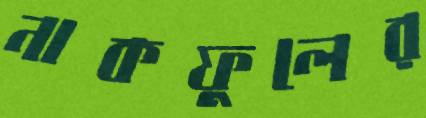
নাকফুলের